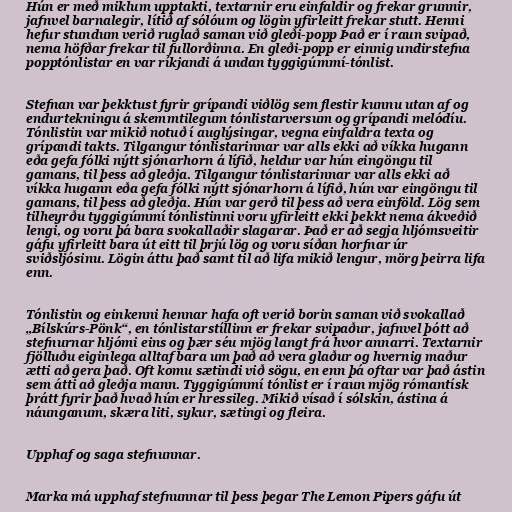
Hún er með miklum upptakti, textarnir eru einfaldir og frekar grunnir,
jafnvel barnalegir, lítið af sólóum og lögin yfirleitt frekar stutt. Henni
hefur stundum verið ruglað saman við gleði-popp Það er í raun svipað,
nema höfðar frekar til fullorðinna. En gleði-popp er einnig undirstefna
popptónlistar en var ríkjandi á undan tyggigúmmí-tónlist.

Stefnan var þekktust fyrir grípandi viðlög sem flestir kunnu utan af og
endurtekningu á skemmtilegum tónlistarversum og grípandi melódíu.
Tónlistin var mikið notuð í auglýsingar, vegna einfaldra texta og
grípandi takts. Tilgangur tónlistarinnar var alls ekki að víkka hugann
eða gefa fólki nýtt sjónarhorn á lífið, heldur var hún eingöngu til
gamans, til þess að gleðja. Tilgangur tónlistarinnar var alls ekki að
víkka hugann eða gefa fólki nýtt sjónarhorn á lífið, hún var eingöngu til
gamans, til þess að gleðja. Hún var gerð til þess að vera einföld. Lög sem
tilheyrðu tyggigúmmí tónlistinni voru yfirleitt ekki þekkt nema ákveðið
lengi, og voru þá bara svokallaðir slagarar. Það er að segja hljómsveitir
gáfu yfirleitt bara út eitt til þrjú lög og voru síðan horfnar úr
sviðsljósinu. Lögin áttu það samt til að lifa mikið lengur, mörg þeirra lifa
enn.

Tónlistin og einkenni hennar hafa oft verið borin saman við svokallað
„Bílskúrs-Pönk“, en tónlistarstíllinn er frekar svipaður, jafnvel þótt að
stefnurnar hljómi eins og þær séu mjög langt frá hvor annarri. Textarnir
fjölluðu eiginlega alltaf bara um það að vera glaður og hvernig maður
ætti að gera það. Oft komu sætindi við sögu, en enn þá oftar var það ástin
sem átti að gleðja mann. Tyggigúmmí tónlist er í raun mjög rómantísk
þrátt fyrir það hvað hún er hressileg. Mikið vísað í sólskin, ástina á
náunganum, skæra liti, sykur, sætingi og fleira.

Upphaf og saga stefnunnar.

Marka má upphaf stefnunnar til þess þegar The Lemon Pipers gáfu út